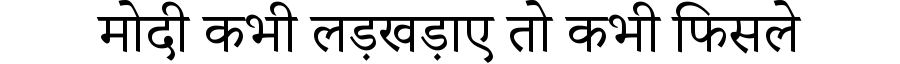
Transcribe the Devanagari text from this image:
मोदी कभी लड़खड़ाए तो कभी फिसले